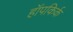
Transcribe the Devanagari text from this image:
हॉपकिर्क